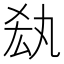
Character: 𠫷